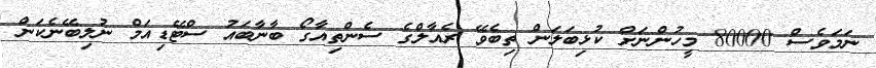
ނަމަވެސް 80000 މީހުންނަށް ކުޅިބަލަން ތިބެވޭ ރެއާލްގެ ސެންތިއާގޯ ބާނާބައު ސްޓޭޑިއަމް ނުލިބޭނެކަން